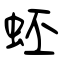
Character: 蚽